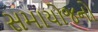
સમાયોજનો